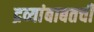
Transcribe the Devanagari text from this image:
द्रव्यांबाबतची